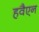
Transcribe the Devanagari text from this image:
हवैएन